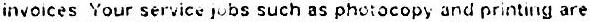
INVOICES YOUR SERVICE JOBS SUCH AS PHOTOCOPY AND PRINTING ARE